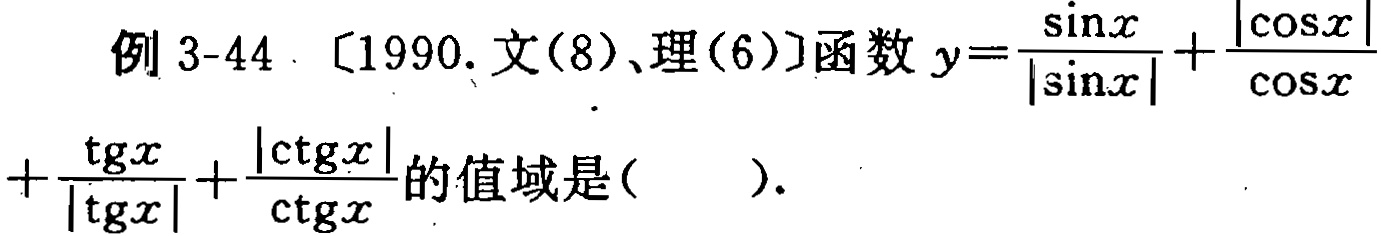
例 3-44.〔1990.文(8)、理(6)〕函数 \(y = \frac{\sin x}{|\sin x|}+\frac{|\cos x|}{\cos x}+\frac{\operatorname{tg}x}{|\operatorname{tg}x|}+\frac{|\operatorname{ctg}x|}{\operatorname{ctg}x}\)的值域是(  ).